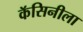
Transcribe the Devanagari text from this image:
कॅसिनीला